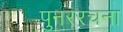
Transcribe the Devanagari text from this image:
पुनररचना